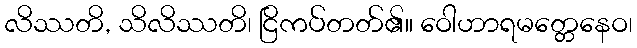
လိဿတိ, သိလိဿတိ၊ ငြိကပ်တတ်၏။ ဝေါဟာရမတ္တေနေဝ၊